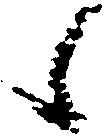
候